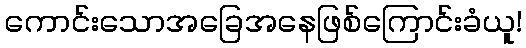
ကောင်းသောအခြေအနေဖြစ်ကြောင်းခံယူ!